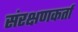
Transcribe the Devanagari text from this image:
संरक्षणकर्ता